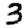
Digit: 3